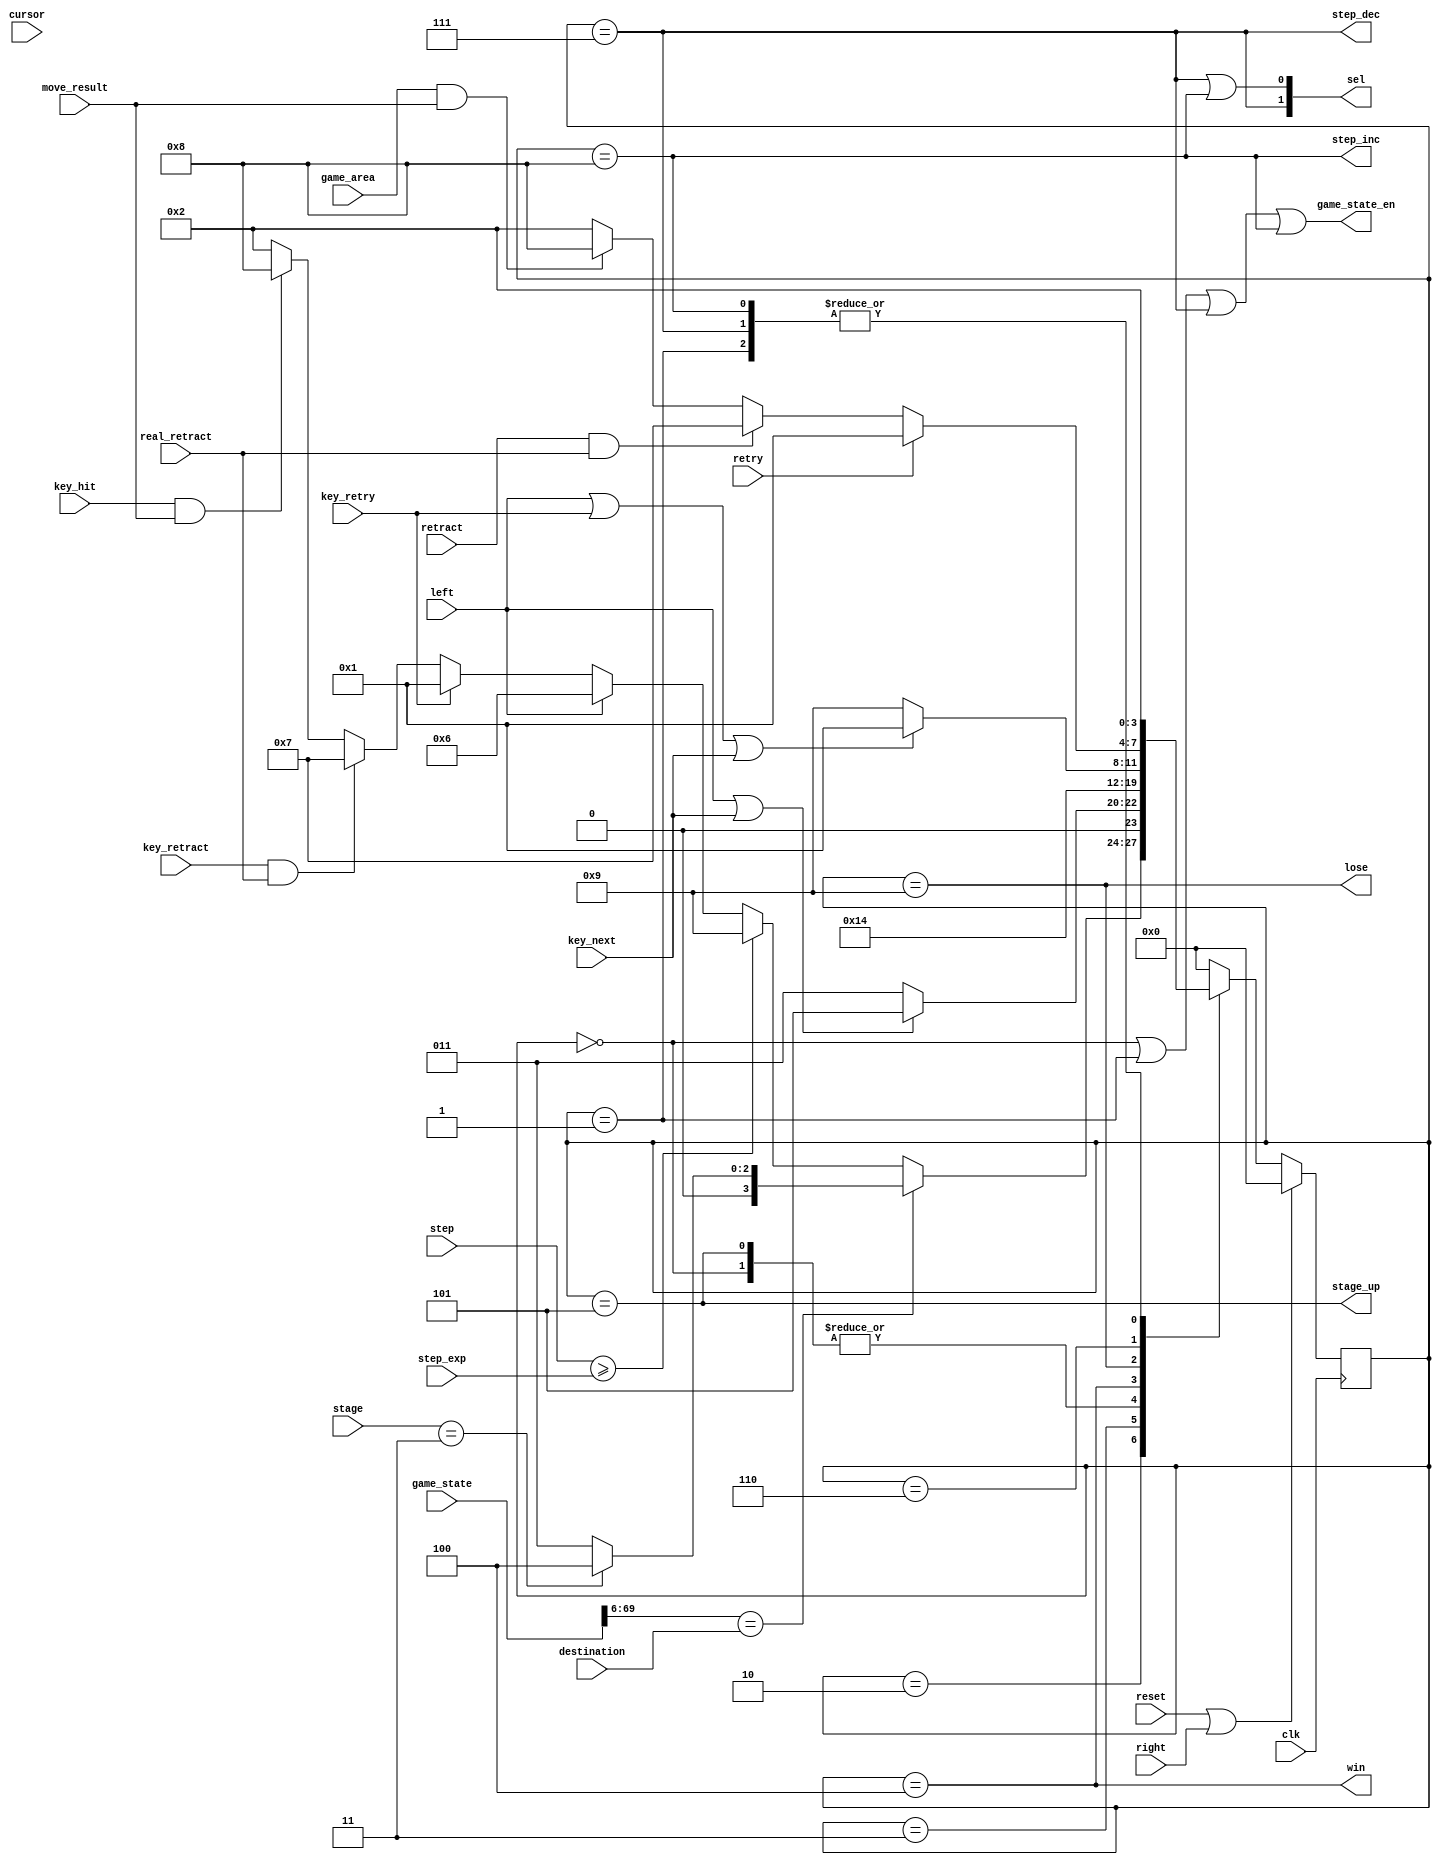
//==================================================================================================
//  Revision      : 
//  Company       : College of Information Science and Electronic Engineering, Zhejiang University
//
//  Description   : a tedious controller for this game
//
//
//==================================================================================================
module game_controller(/*autoport*/
//output
			game_state_en,
			stage_up,
			win,
			lose,
			sel,
			step_inc,
			step_dec,
//input
			clk,
			retry,
			retract,
			left,
			game_area,
			reset,
			right,
			move_result,
			cursor,
			destination,
			stage,
			game_state,
			step_exp,
			step,
			key_hit,
			key_retry,
			key_retract,
			key_next,
			real_retract);
	parameter RESET=4'd0,INIT=4'd1,WAIT=4'd2,PAUSE=4'd3,OVER=4'd4,NEXT=4'd5,INTERIM=4'd6,RETRACT=4'd7,MOVE=4'd8,LOSE=4'd9;
	input clk,retry,retract,left,game_area,reset,right,move_result;
	input[5:0] cursor;
	input[63:0] destination;
	input[1:0] stage;
	input[133:0] game_state;
	input[7:0] step_exp;
	input[7:0] step;
	input key_hit,key_retry,key_retract,key_next;
	input real_retract;
	output game_state_en,stage_up,win;
	output lose;
	output[1:0] sel;
	output step_inc,step_dec;
	wire[63:0] way,box;
	assign way=game_state[133:70];
	assign box=game_state[69:6];
	reg[3:0] state=0;
	assign sel[0]=(state==RETRACT)||(state==MOVE);
	assign sel[1]=(state==RETRACT);
	assign game_state_en=(state==RESET)||(state==INIT)||(state==RETRACT)||(state==MOVE);
	assign stage_up=(state==NEXT);
	assign win=(state==OVER);
	assign lose=(state==LOSE) ;
	assign step_inc=(state==MOVE);
	assign step_dec=(state==RETRACT);
	always @(posedge clk) begin
			if (reset||right) begin
				state=RESET;
			end
			else begin
				case(state)
					RESET: begin
						state=INIT;
					end
					INIT: begin
						state=WAIT;
					end
					WAIT: begin
						if(box==destination) begin
							if(stage==3) begin
								state=OVER;
							end
							else begin
								state=PAUSE;
							end
						end
						else if(step>=step_exp) begin
							state=LOSE;
						end
						else begin
							if(left) begin
								state=INTERIM;
							end
							else if(key_retry) begin
								state=INIT;
							end
							else if(key_retract&&real_retract) begin
								state=RETRACT;
							end
							else if(key_hit&&move_result) begin
								state=MOVE;
							end
							else begin
								state=WAIT;
							end
						end
					end
					PAUSE: begin
						if(left|key_next) begin
							state=NEXT;
						end
						else begin
							state=PAUSE;
						end
					end
					NEXT: begin
						state=INIT;
					end
					OVER: begin
						state=OVER;
					end
					LOSE: begin
						if(left|key_retry|key_next) begin
							state=INIT;
						end
						else begin
							state=LOSE;
						end
					end
					INTERIM: begin
						if(retry) begin
							state=INIT;
						end
						else if(retract&&real_retract) begin
							state=RETRACT;
						end
						else if(game_area&&move_result) begin
							state=MOVE;
						end
						else begin
							state=WAIT;
						end
					end
					RETRACT: begin
						state=WAIT;
					end
					MOVE: begin
						state=WAIT;
					end
					default: begin
						state=RESET;
					end
				endcase
			end
		end
endmodule